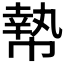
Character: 𰏞